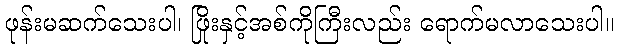
ဖုန်းမဆက်သေးပါ၊ ဖြိုးနှင့်အစ်ကိုကြီးလည်း ရောက်မလာသေးပါ။